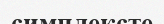
симплексте